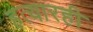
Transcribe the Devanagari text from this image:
हत्यारही